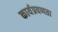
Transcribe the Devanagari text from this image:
कार्यप्रवणता